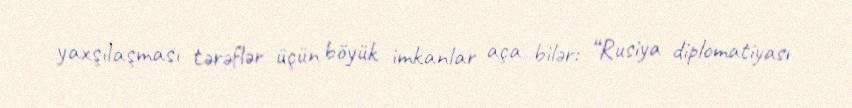
yaxşılaşması tərəflər üçün böyük imkanlar aça bilər: “Rusiya diplomatiyası